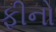
ફીનો